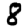
Digit: 8